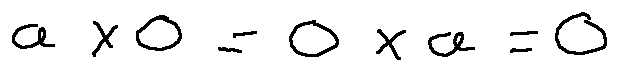
a \times 0 = 0 \times a = 0